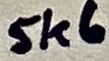
Text: 5K6